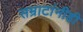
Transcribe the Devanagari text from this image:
सम्राटांनीही